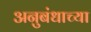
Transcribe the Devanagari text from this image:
अनुबंधाच्या